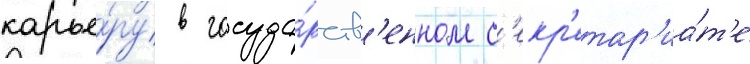
карье́ру в госуда́рств'енном с'екр'етар'иа́т'е